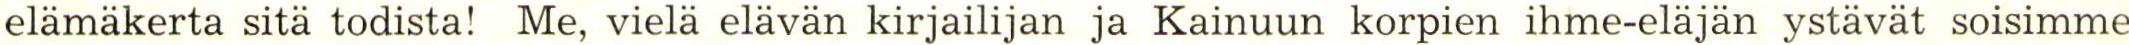
elämäkerta sitä todista! Me, vielä elävän kirjailijan ja Kainuun korpien ihme-eläjän ystävät soisimme